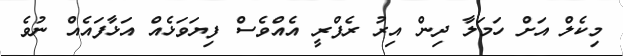
މިކެލް އަށް ހަމަލާ ދިން އިރު ރެފްރީ އެއްވެސް ފިޔަވަޅެއް އަޅާފައެއް ނުވެ